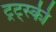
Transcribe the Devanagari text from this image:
ट्रट्स्की